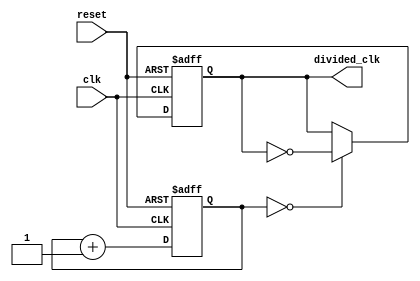
module clock_divider(
    input wire clk,
    input wire reset,
    output reg [2:0] divided_clk
);

reg [2:0] counter;

always @(posedge clk or posedge reset) begin
    if (reset) begin
        counter <= 0;
        divided_clk <= 0;
    end else begin
        counter <= counter + 1;
        if (counter == 0) begin
            divided_clk <= ~divided_clk;
        end
    end
end

endmodule